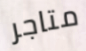
متاجر